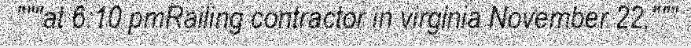
"""at 6:10 pmRailing contractor in virginia November 22,"""